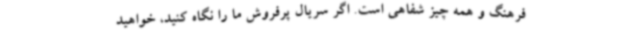
فرهنگ و همه چیز شفاهی است. اگر سریال پرفروش ما را نگاه کنید، خواهید